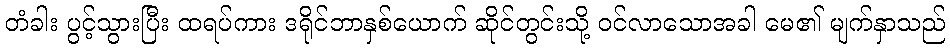
တံခါး ပွင့်သွားပြီး ထရပ်ကား ဒရိုင်ဘာနှစ်ယောက် ဆိုင်တွင်းသို့ ဝင်လာသောအခါ မေ၏ မျက်နှာသည်